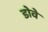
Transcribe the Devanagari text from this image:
डोवे